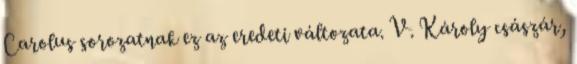
Carolus sorozatnak ez az eredeti változata. V. Károly császár,